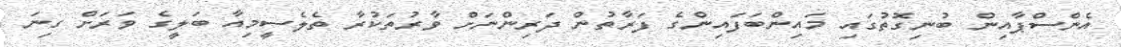
އެންސްޕާއިން ބުނިގޮތުގައި މައިންބަފައިންގެ ފަރާތުން ދަރިންނަށް ވާރުތަކުރާ ތެލެސީމިއާ ބަލީގެ ވަރަށް ގިނަ